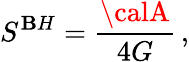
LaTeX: S^{\mathbf{B}H}={\frac{{\calA}}{{4G}}}\, ,